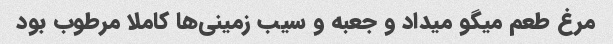
مرغ طعم میگو میداد و جعبه و سیب زمینی‌ها کاملا مرطوب بود